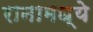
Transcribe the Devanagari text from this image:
रानामध्ये